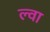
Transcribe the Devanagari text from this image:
ल्वा